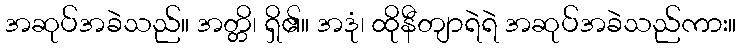
အဆုပ်အခဲသည်။ အတ္တိ၊ ရှိ၏။ အဒုံ၊ ထိုနီတျာရဲရဲ အဆုပ်အခဲသည်ကား။